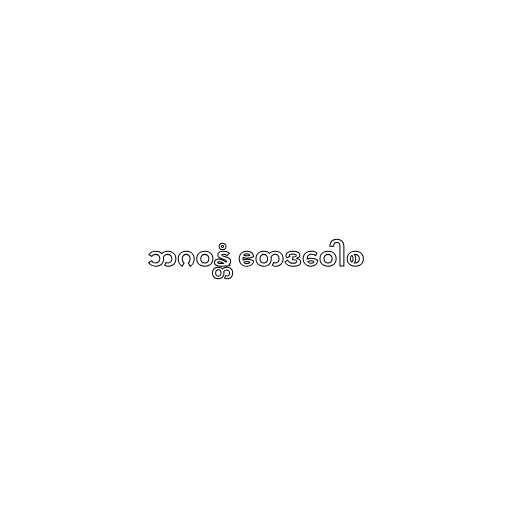
ဘဂဝန္တံ ဧတဒဝေါစ